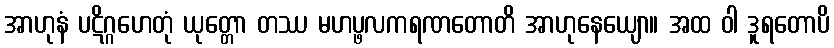
အာဟုနံ ပဋိဂ္ဂဟေတုံ ယုတ္တော တဿ မဟပ္ဖလကရဏတောတိ အာဟုနေယျော။ အထ ဝါ ဒူရတောပိ